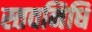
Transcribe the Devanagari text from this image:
स्तवनिधि